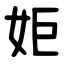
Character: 姖